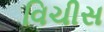
વિચીસ